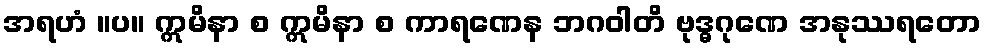
အရဟံ ။ပ။ ဣမိနာ စ ဣမိနာ စ ကာရဏေန ဘဂဝါတိ ဗုဒ္ဓဂုဏေ အနုဿရတော